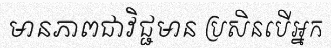
មានភាពជាវិជ្ជមាន ប្រសិនបើអ្នក